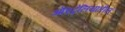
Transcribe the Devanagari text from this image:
ऑस्ट्रेलियातील्